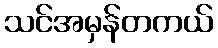
သင်အမှန်တကယ်